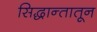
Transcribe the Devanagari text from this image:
सिद्धान्तातून